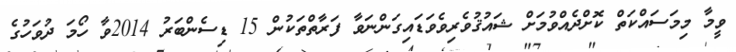
ވީމާ މިމަސައްކަތް ކޮށްދެއްވުމަށް ޝައުޤުވެރިވެވަޑައިގަންނަވާ ފަރާތްތަކުން 15 ޑިސެންބަރު 2014ވާ ހޯމަ ދުވަހުގެ